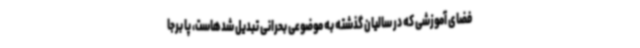
فضای آموزشی که در سالیان گذشته به موضوعی بحرانی تبدیل شدهاست، پا برجا